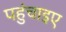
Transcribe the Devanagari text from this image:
पहुंचाइए